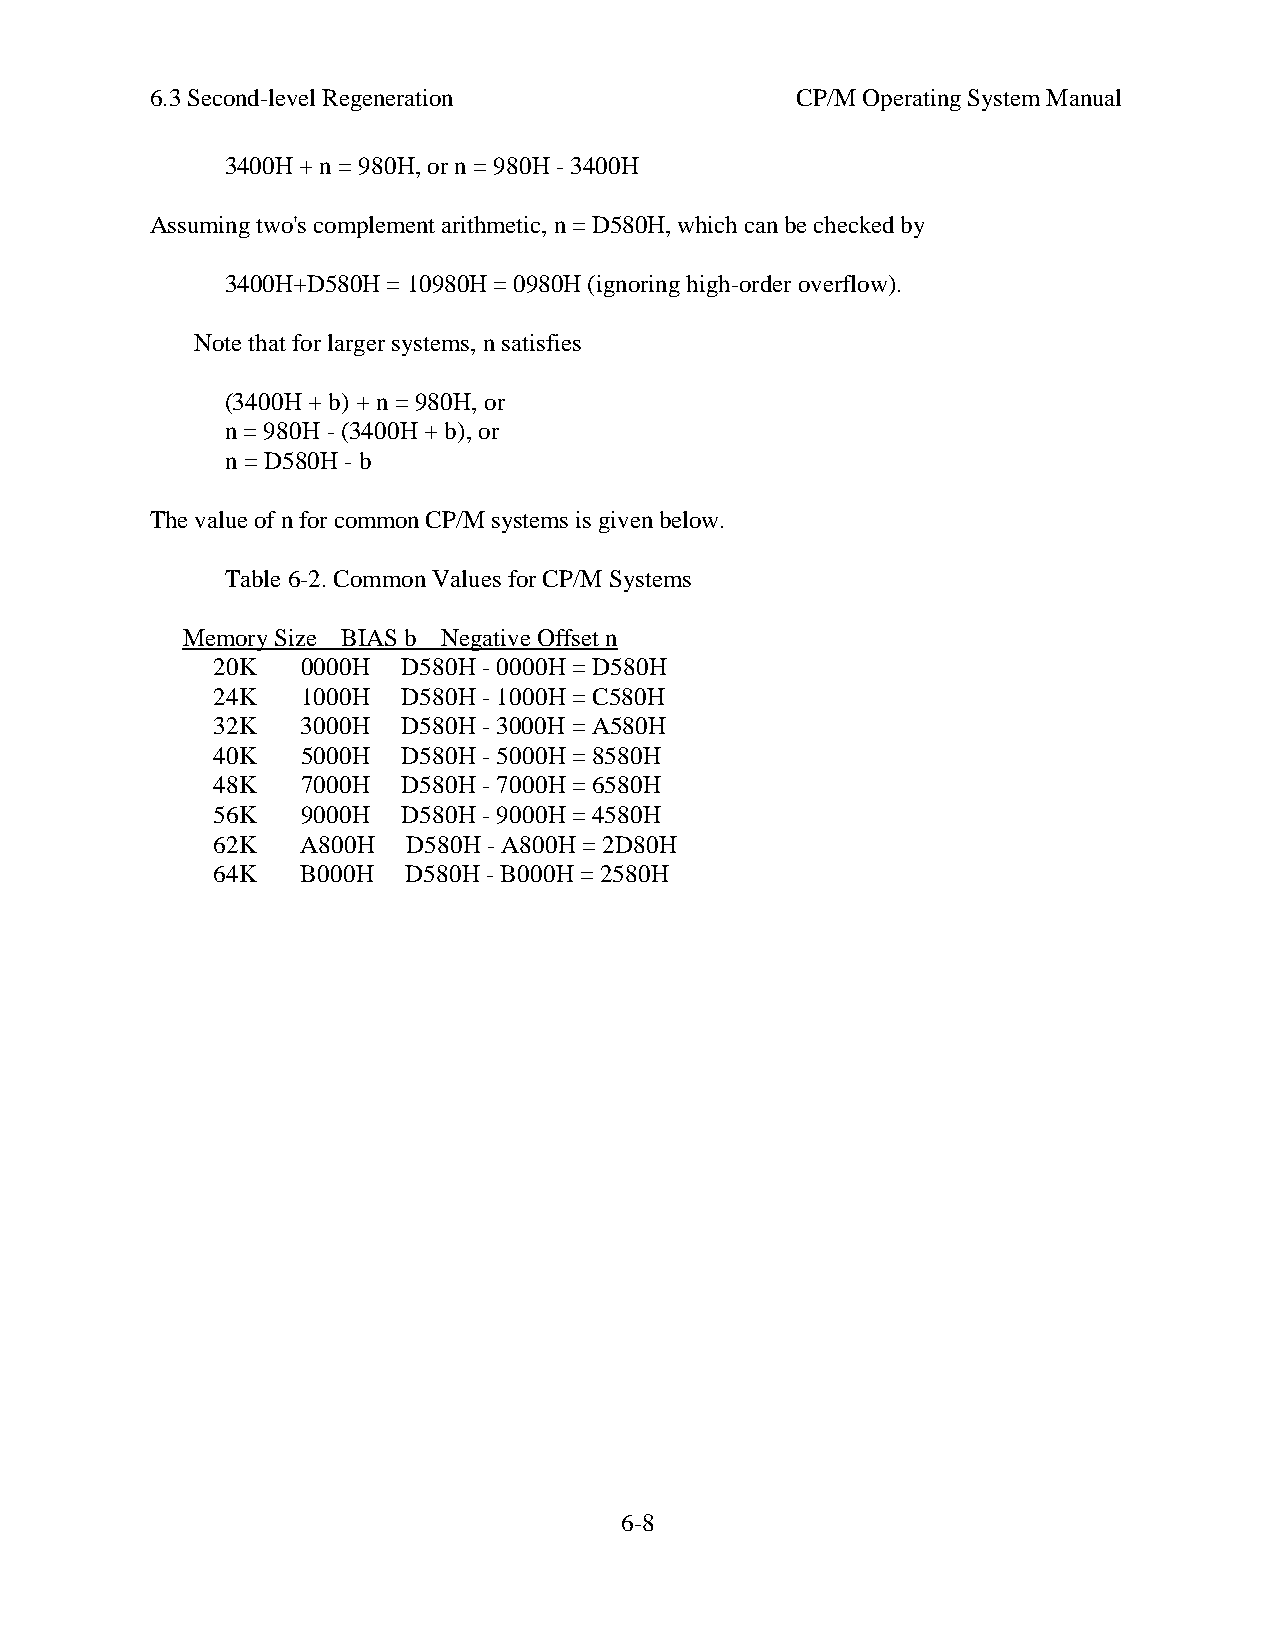
6.3 Second-level Regeneration              CP/M Operating System Manual
 3400H + n = 980H, or n = 980H - 3400H
 Assuming two's complement arithmetic, n = D580H, which can be checked by
 3400H+D580H = 10980H = 0980H (ignoring high-order overflow).
 Note that for larger systems, n satisfies
 (3400H + b) + n = 980H, or
 n = 980H - (3400H + b), or
 n = D580H - b
 The value of n for common CP/M systems is given below.
 Table 6-2. Common Values for CP/M Systems
 Memory Size BIAS b Negative Offset n
 20K   0000H  D580H - 0000H = D580H
 24K   1000H  D580H - 1000H = C580H
 32K   3000H  D580H - 3000H = A580H
 40K   5000H  D580H - 5000H = 8580H
 48K   7000H  D580H - 7000H = 6580H
 56K   9000H  D580H - 9000H = 4580H
 62K   A800H  D580H - A800H = 2D80H
 64K   B000H  D580H - B000H = 2580H
 6-8